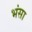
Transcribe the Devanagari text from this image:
भंसा